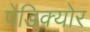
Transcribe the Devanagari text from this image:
पेडिक्‍योर